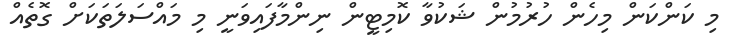
މި ކަންކަން މިހެން ހުރުމުން ޝަކުވާ ކޮމިޓީން ނިންމާފައިވަނީ މި މައްސަލަތަކަށް ގޮތެއް